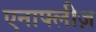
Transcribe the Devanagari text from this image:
एनाफ्लीज़